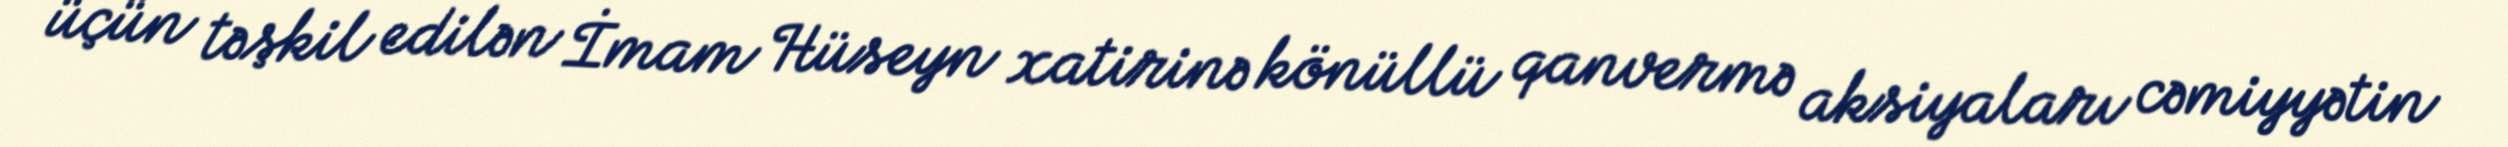
üçün təşkil edilən İmam Hüseyn xatirinə könüllü qanvermə aksiyaları cəmiyyətin